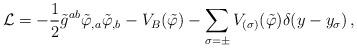
LaTeX: \begin{align*}{\cal L}= - \frac{1}{2} \tilde g^{ab} \tilde\varphi_{,a} \tilde\varphi_{,b} -V_B(\tilde\varphi) -\sum_{\sigma=\pm} V_{(\sigma)}(\tilde\varphi) \delta(y-y_{\sigma}) \,,\end{align*}